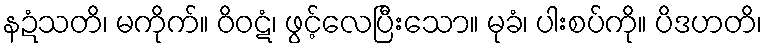
နဍံသတိ၊ မကိုက်။ ဝိဝဋံ၊ ဖွင့်လေပြီးသော။ မုခံ၊ ပါးစပ်ကို။ ပိဒဟတိ၊